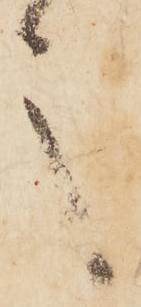
言